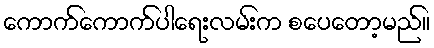
ကောက်ကောက်ပါရေးလမ်းက စပေတော့မည်။